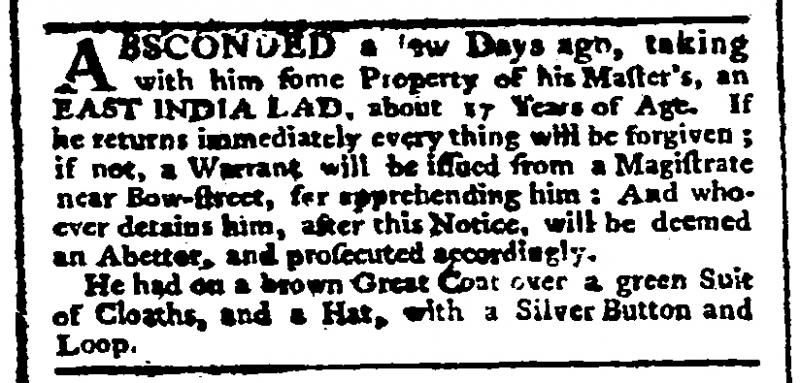
Public Advertiser, 6 February 1778 (England)
ABSCONDED a few Days ago, taking with him some Property of his Master’s, an EAST INDIA LAD, about 17 Years of Age. If he returns immediately every thing will be forgiven; if not, a Warrant will be issued from a Magistrate near Bow-street, for apprehending him: And whoever detains him, after this Notice, will be deemed an Abettor, and prosecuted accordingly.   He had on a brown Great Coat over a green Suit of Cloaths and a Hat, with a Silver Button and Loop.